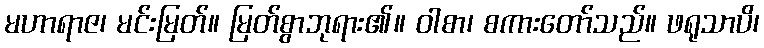
မဟာရာဇ၊ မင်းမြတ်။ မြတ်စွာဘုရား၏။ ဝါစာ၊ စကားတော်သည်။ ဖရုသာပိ၊